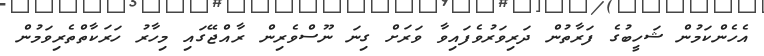
އެހެންކަމުން ޝަހީބުގެ ފަރާތުން ދަރިވަރުވެފައިވާ ވަރަށް ގިނަ ނޫސްވެރިން ރާއްޖޭގައި މިހާރު ހަރަކާތްތެރިވަމުން